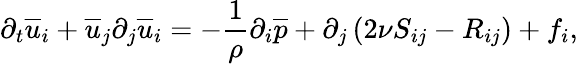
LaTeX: \partial_{t}\overline{{u}}_{i}+\overline{{u}}_{j}\partial_{j}\overline{{u}}_{i}=-\frac{1}{\rho}{\partial_{i}\overline{{p}}}+{\partial_{j}}\left(2\nu{S}_{ij}-{R}_{ij}\right)+f_{i},